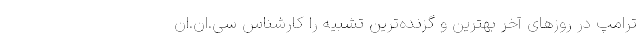
ترامپ در روزهای آخر بهترین و گزنده‌ترین تشبیه را کارشناس سی.‌ان.‌ان